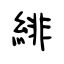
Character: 緋